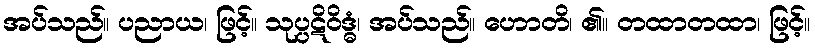
အပ်သည်။ ပညာယ၊ ဖြင့်။ သုပ္ပဋိဝိဒ္ဓံ၊ အပ်သည်။ ဟောတိ၊ ၏။ တထာတထာ၊ ဖြင့်။